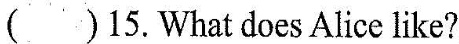
() 15. What does Alice like?